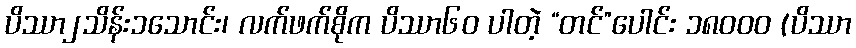
ပိဿာ၂သိန်း၁သောင်း၊ လက်ဖက်စိုက ပိဿာ၆၀ ပါတဲ့ “တင်”ပေါင်း ၁၈၀၀၀ (ပိဿာ